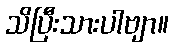
သိပြီးသားပါဗျာ။